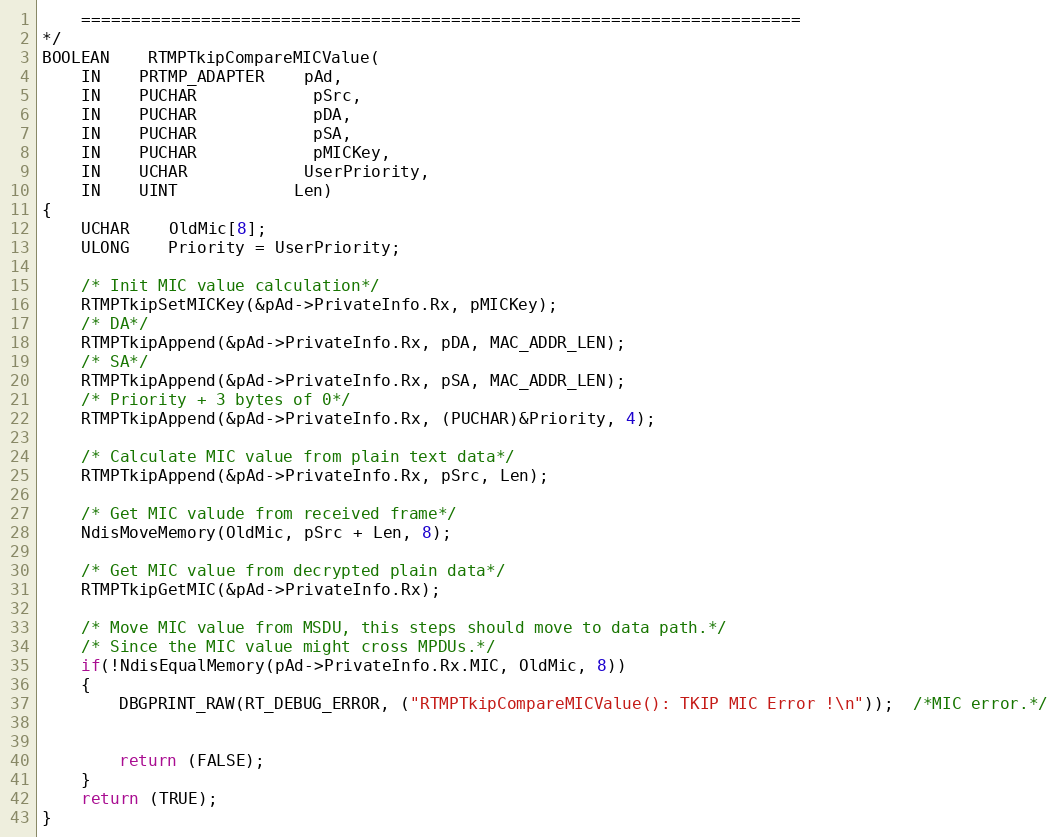
Language: C
	========================================================================
*/
BOOLEAN	RTMPTkipCompareMICValue(
	IN	PRTMP_ADAPTER	pAd,
	IN	PUCHAR			pSrc,
	IN	PUCHAR			pDA,
	IN	PUCHAR			pSA,
	IN	PUCHAR			pMICKey,
	IN	UCHAR			UserPriority,
	IN	UINT			Len)
{
	UCHAR	OldMic[8];
	ULONG	Priority = UserPriority;

	/* Init MIC value calculation*/
	RTMPTkipSetMICKey(&pAd->PrivateInfo.Rx, pMICKey);
	/* DA*/
	RTMPTkipAppend(&pAd->PrivateInfo.Rx, pDA, MAC_ADDR_LEN);
	/* SA*/
	RTMPTkipAppend(&pAd->PrivateInfo.Rx, pSA, MAC_ADDR_LEN);
	/* Priority + 3 bytes of 0*/
	RTMPTkipAppend(&pAd->PrivateInfo.Rx, (PUCHAR)&Priority, 4);

	/* Calculate MIC value from plain text data*/
	RTMPTkipAppend(&pAd->PrivateInfo.Rx, pSrc, Len);

	/* Get MIC valude from received frame*/
	NdisMoveMemory(OldMic, pSrc + Len, 8);

	/* Get MIC value from decrypted plain data*/
	RTMPTkipGetMIC(&pAd->PrivateInfo.Rx);

	/* Move MIC value from MSDU, this steps should move to data path.*/
	/* Since the MIC value might cross MPDUs.*/
	if(!NdisEqualMemory(pAd->PrivateInfo.Rx.MIC, OldMic, 8))
	{
		DBGPRINT_RAW(RT_DEBUG_ERROR, ("RTMPTkipCompareMICValue(): TKIP MIC Error !\n"));  /*MIC error.*/

		return (FALSE);
	}
	return (TRUE);
}